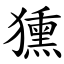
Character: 獯